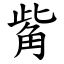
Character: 觜